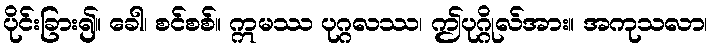
ပိုင်းခြား၍။ ခေါ၊ စင်စစ်။ ဣမဿ ပုဂ္ဂလဿ၊ ဤပုဂ္ဂိုလ်အား။ အကုသလာ၊